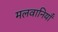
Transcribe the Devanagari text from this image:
मलवानियाँ